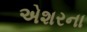
એશરના